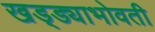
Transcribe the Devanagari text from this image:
खड्ड्याभोवती